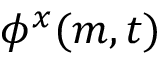
\phi ^ { x } ( m , t )